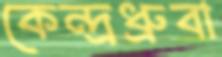
কেন্দ্রধ্রুবা